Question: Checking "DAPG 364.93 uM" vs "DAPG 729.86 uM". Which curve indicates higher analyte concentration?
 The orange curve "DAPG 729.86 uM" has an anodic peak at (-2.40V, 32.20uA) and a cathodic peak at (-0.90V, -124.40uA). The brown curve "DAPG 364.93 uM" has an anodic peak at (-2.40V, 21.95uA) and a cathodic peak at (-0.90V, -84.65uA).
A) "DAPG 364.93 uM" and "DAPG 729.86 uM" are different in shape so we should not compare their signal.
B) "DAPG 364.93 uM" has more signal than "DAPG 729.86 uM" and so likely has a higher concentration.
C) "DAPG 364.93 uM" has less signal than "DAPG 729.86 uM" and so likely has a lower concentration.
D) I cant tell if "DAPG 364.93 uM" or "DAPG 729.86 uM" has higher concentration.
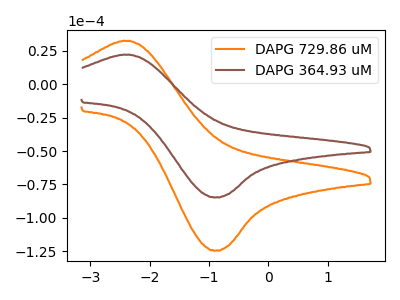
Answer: <think>All the peaks in "DAPG 364.93 uM" have a peak in "DAPG 729.86 uM" at the same potential. Every peak in "DAPG 364.93 uM" is lower than every peak in "DAPG 729.86 uM".
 </think>
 <answer>C) "DAPG 364.93 uM" has less signal than "DAPG 729.86 uM" and so likely has a lower concentration.</answer>
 <eval>C</eval>